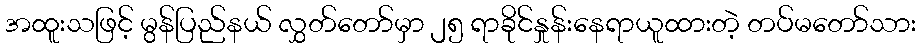
အထူးသဖြင့် မွန်ပြည်နယ် လွှတ်တော်မှာ ၂၅ ရာခိုင်နှုန်းနေရာယူထားတဲ့ တပ်မတော်သား